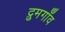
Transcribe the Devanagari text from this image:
द्रुमगाँव